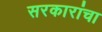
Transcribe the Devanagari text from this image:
सरकारांचा